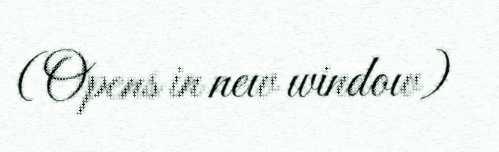
(Opens in new window)